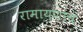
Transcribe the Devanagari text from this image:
रामायणांचं